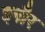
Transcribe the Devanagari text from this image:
इनौर